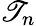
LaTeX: \mathscr{T}_{n}